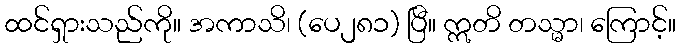
ထင်ရှားသည်ကို။ အကာသိ၊ (ပေ၂၈၁) ပြီ။ ဣတိ တသ္မာ၊ ကြောင့်။